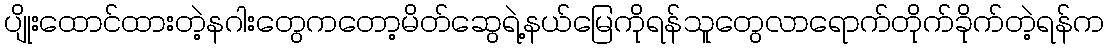
ပျိုးထောင်ထားတဲ့နဂါးတွေကတော့မိတ်ဆွေရဲ့နယ်မြေကိုရန်သူတွေလာရောက်တိုက်ခိုက်တဲ့ရန်က